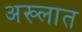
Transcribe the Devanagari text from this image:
अख्लात